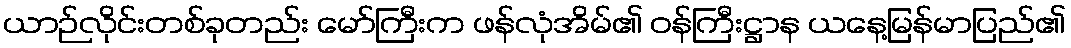
ယာဉ်လိုင်းတစ်ခုတည်း မော်ကြီးက ဖန်လုံအိမ်၏ ဝန်ကြီးဋ္ဌာန ယနေ့မြန်မာပြည်၏